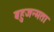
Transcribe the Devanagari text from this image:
बहुजन्मता